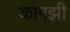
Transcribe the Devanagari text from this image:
कागझी